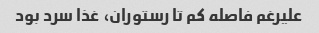
علیرغم فاصله کم تا رستوران، غذا سرد بود